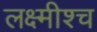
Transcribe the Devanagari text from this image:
लक्ष्मीश्च